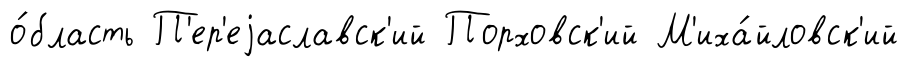
о́бласть П'ер'еjаславск'ий Порховск'ий М'иха́йловск'ий